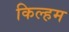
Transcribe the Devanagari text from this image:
किल्हम